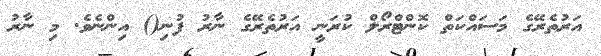
އަރުތެރޭގެ މަސައްކަތް ކޮންޓްރޯލް ކުރަނީ އަރުތެރޭގެ ނާރު ފުނި() އިންނެވެ. މި ނާރު